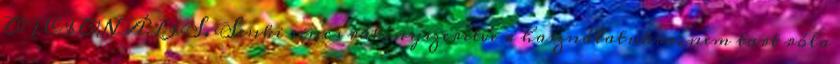
OPCIONÁLIS. Senki sincs rákényszerítve a használatukra, nem tart róla